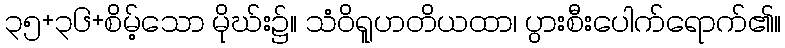
၃၅+၃၆+စိမ့်သော မိုဃ်း၌။ သံဝိရူဟတိယထာ၊ ပွားစီးပေါက်ရောက်၏။